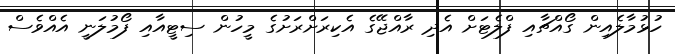
ހުޅުމާލެއިން ގޯއްޗާއި ފްލެޓަށް އެދި ރާއްޖޭގެ އެކިރަށްރަށުގެ މީހުން ސިޓީއާއި ފޯމުލަނީ އެއްވެސް